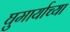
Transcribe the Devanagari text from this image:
घुमार्याच्या